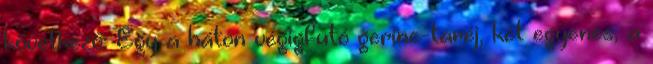
következő: Egy a háton végigfutó gerinc-taréj, két egyenes, a